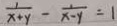
\frac { 1 } { x + y } - \frac { 1 } { x - y } = 1